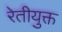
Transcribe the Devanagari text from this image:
रेतीयुक्त